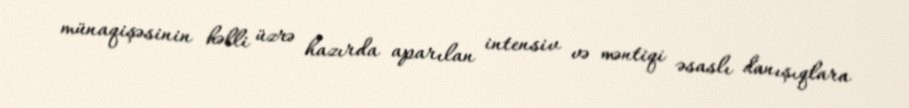
münaqişəsinin həlli üzrə hazırda aparılan intensiv və məntiqi əsaslı danışıqlara